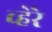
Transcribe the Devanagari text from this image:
व्हेरे